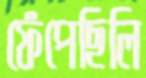
ফেঁপেছিলি